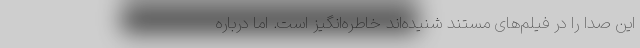
این صدا را در فیلم‌های مستند شنیده‌اند خاطره‌انگیز است. اما درباره